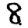
Digit: 8